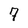
Character: 7